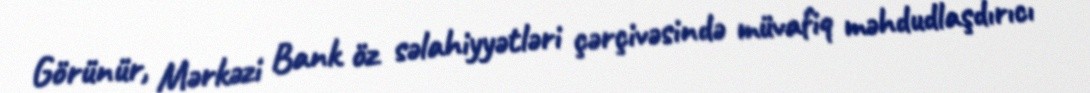
Görünür, Mərkəzi Bank öz səlahiyyətləri çərçivəsində müvafiq məhdudlaşdırıcı